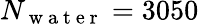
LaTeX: N_{\mathrm{~w~a~t~e~r~}}=3050